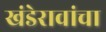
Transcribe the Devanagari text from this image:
खंडेरावांचा